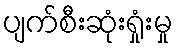
ပျက်စီးဆုံးရှုံးမှု